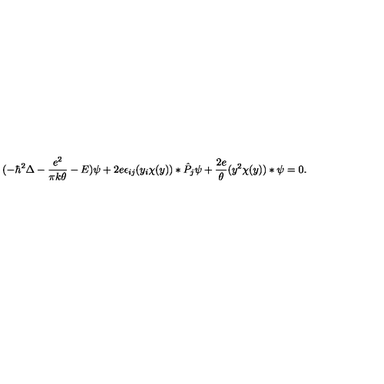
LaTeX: ( - \hbar \sp 2 \Delta - { \frac { e \sp 2 } { \pi k \theta } } - E ) \psi + 2 e \epsilon _ { i j } ( y _ { i } \chi ( y ) ) * \hat { P } _ { j } \psi + { \frac { 2 e } { \theta } } ( y \sp 2 \chi ( y ) ) * \psi = 0 .